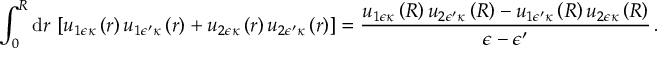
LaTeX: \int _ { 0 } ^ { R } \mathrm { d } r \, \left[ u _ { 1 \epsilon \kappa } \left( r \right) u _ { 1 \epsilon ^ { \prime } \kappa } \left( r \right) + u _ { 2 \epsilon \kappa } \left( r \right) u _ { 2 \epsilon ^ { \prime } \kappa } \left( r \right) \right] = \frac { u _ { 1 \epsilon \kappa } \left( R \right) u _ { 2 \epsilon ^ { \prime } \kappa } \left( R \right) - u _ { 1 \epsilon ^ { \prime } \kappa } \left( R \right) u _ { 2 \epsilon \kappa } \left( R \right) } { \epsilon - \epsilon ^ { \prime } } \, .